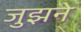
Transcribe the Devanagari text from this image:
जुझने